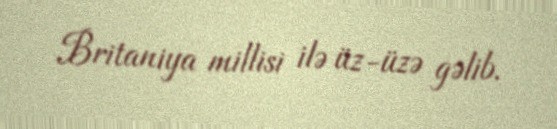
Britaniya millisi ilə üz-üzə gəlib.